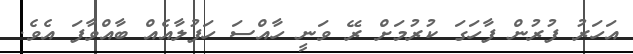
އަހަރު ފުރުން ފާހަގަ ކުރުމަށް ރޭ ވަނީ ހާއްސަ ހަފުލާއެއް ބާއްވާފަ އެވެ.